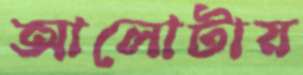
আলোটায়